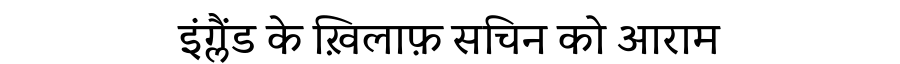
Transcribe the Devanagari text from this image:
इंग्लैंड के ख़िलाफ़ सचिन को आराम